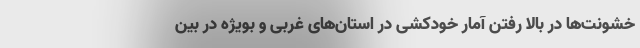
خشونت‌ها در بالا رفتن آمار خودکشی در استان‌های غربی و بویژه در بین